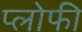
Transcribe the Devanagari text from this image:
प्लोफी